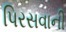
પિરસવાની